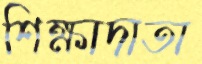
শিক্ষাদাতা